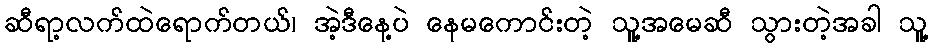
ဆီရာ့လက်ထဲရောက်တယ်၊ အဲ့ဒီနေ့ပဲ နေမကောင်းတဲ့ သူ့အမေဆီ သွားတဲ့အခါ သူ့